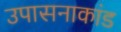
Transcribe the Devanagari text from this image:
उपासनाकांड